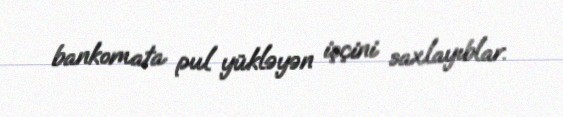
bankomata pul yükləyən işçini saxlayıblar.